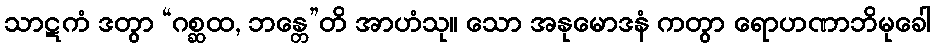
သာဋကံ ဒတွာ “ဂစ္ဆထ, ဘန္တေ”တိ အာဟံသု။ သော အနုမောဒနံ ကတွာ ရောဟဏာဘိမုခေါ